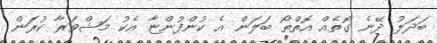
ބަދަލު ދޭނެ ގޮތެއް އޮތްތޯ ބަލަން އެ ކުންފުންޏާ އެކު މަޝްވަރާ ކުރަން